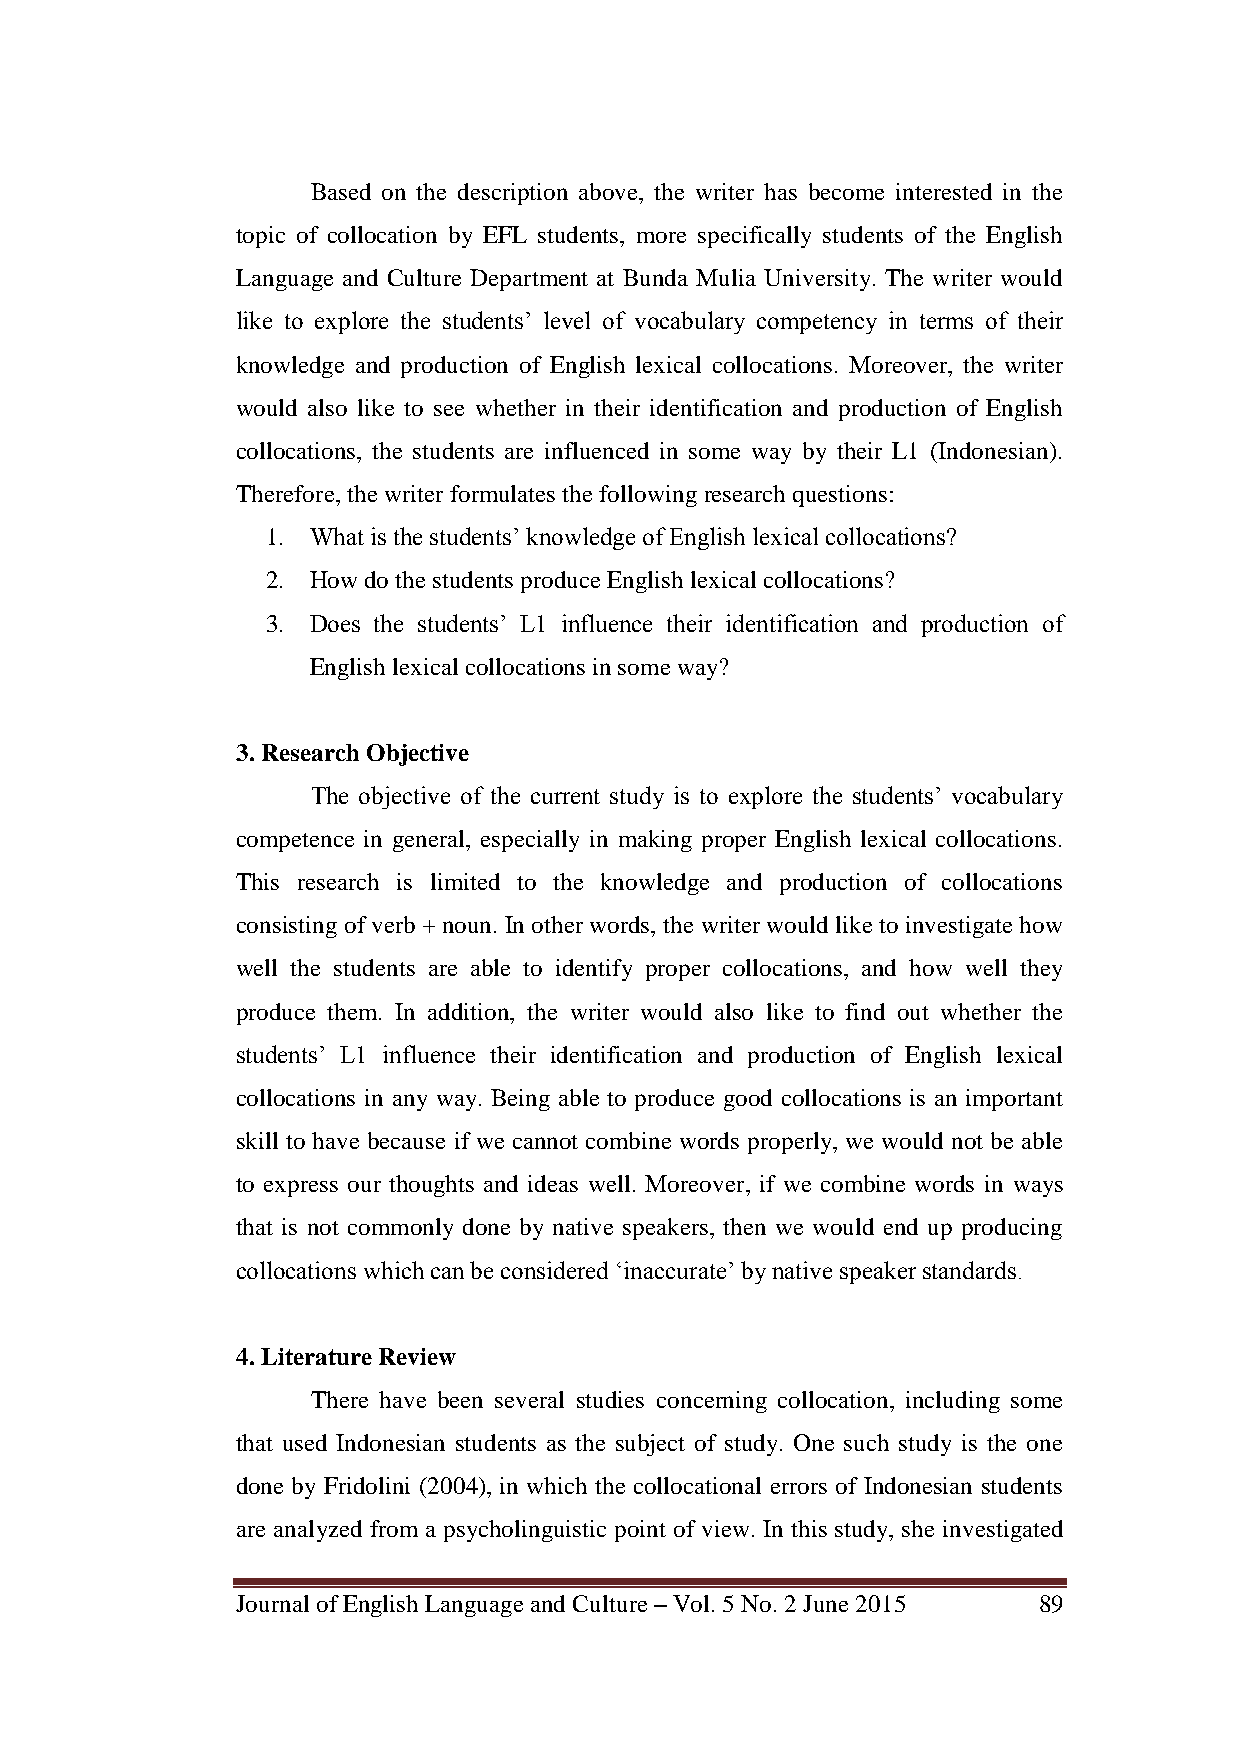
Based on the description above, the writer has become interested in the
 topic of collocation by EFL students, more specifically students of the English
 Language and Culture Department at Bunda Mulia University. The writer would
 like to explore the students‘ level of vocabulary competency in terms of their
 knowledge and production of English lexical collocations. Moreover, the writer
 would also like to see whether in their identification and production of English
 collocations, the students are influenced in some way by their L1 (Indonesian).
 Therefore, the writer formulates the following research questions:
 1. What is the students‘ knowledge of English lexical collocations?
 2. How do the students produce English lexical collocations?
 3. Does the students‘ L1 influence their identification and production of
 English lexical collocations in some way?
 3. Research Objective
 The objective of the current study is to explore the students‘ vocabulary
 competence in general, especially in making proper English lexical collocations.
 This research is limited to the knowledge and production of collocations
 consisting of verb + noun. In other words, the writer would like to investigate how
 well the students are able to identify proper collocations, and how well they
 produce them. In addition, the writer would also like to find out whether the
 students‘ L1 influence their identification and production of English lexical
 collocations in any way. Being able to produce good collocations is an important
 skill to have because if we cannot combine words properly, we would not be able
 to express our thoughts and ideas well. Moreover, if we combine words in ways
 that is not commonly done by native speakers, then we would end up producing
 collocations which can be considered ‗inaccurate‘ by native speaker standards.
 4. Literature Review
 There have been several studies concerning collocation, including some
 that used Indonesian students as the subject of study. One such study is the one
 done by Fridolini (2004), in which the collocational errors of Indonesian students
 are analyzed from a psycholinguistic point of view. In this study, she investigated
 Journal of English Language and Culture – Vol. 5 No. 2 June 2015 89